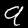
Digit: 9